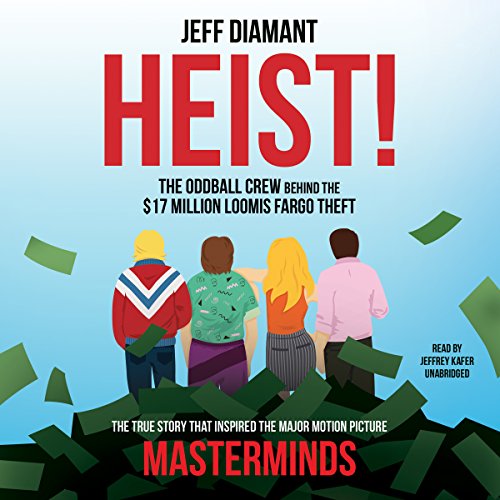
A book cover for Heist: The Oddball Crew behind the $17 Million Loomis Fargo Theft; Jeff Diamant; Biographies & Memoirs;